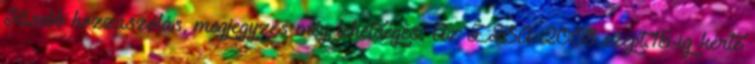
Kisebb hozzászólás, megjegyzés még lehetséges. Az EFSA 2008.szept.15-ig kérte